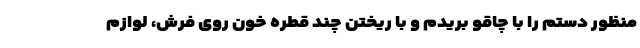
منظور دستم را با چاقو بریدم و با ریختن چند قطره خون روی فرش، لوازم